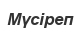
Мүсіреп